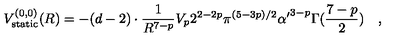
V _ { \mathrm { s t a t i c } } ^ { ( 0 , 0 ) } ( R ) = - ( d - 2 ) \cdot { \frac { 1 } { R ^ { 7 - p } } } V _ { p } 2 ^ { 2 - 2 p } \pi ^ { ( 5 - 3 p ) / 2 } { \alpha ^ { \prime } } ^ { 3 - p } \Gamma ( { \frac { 7 - p } { 2 } } ) \quad ,